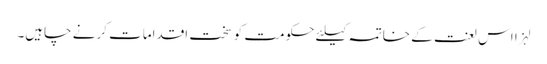
لہزا اس لعنت کے خاتمہ کیلئے حکومت کو سخت اقدامات کرنے چاہیں۔